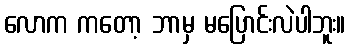
လောက ကတော့ ဘာမှ မပြောင်းလဲပါဘူး။